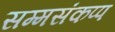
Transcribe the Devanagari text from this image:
सम्मसंकप्प